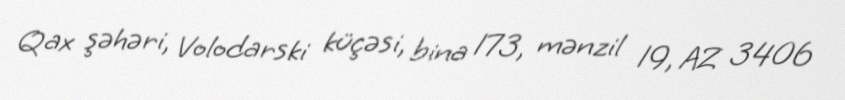
Qax şəhəri, Volodarski küçəsi, bina 173, mənzil 19, AZ 3406